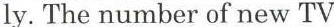
ly. The number of new TV